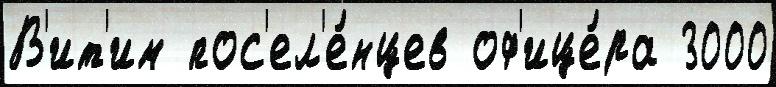
В'ит'им пос'ел'е́нцев оф'ице́ра 3000